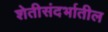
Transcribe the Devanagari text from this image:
शेतीसंदर्भातील